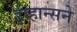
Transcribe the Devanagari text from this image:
ईव्हान्सने